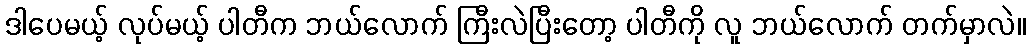
ဒါပေမယ့် လုပ်မယ့် ပါတီက ဘယ်လောက် ကြီးလဲပြီးတော့ ပါတီကို လူ ဘယ်လောက် တက်မှာလဲ။